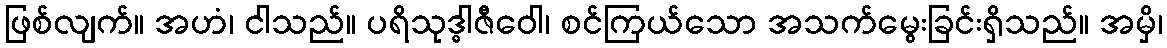
ဖြစ်လျက်။ အဟံ၊ ငါသည်။ ပရိသုဒ္ဓါဇီဝေါ၊ စင်ကြယ်သော အသက်မွေးခြင်းရှိသည်။ အမှိ၊